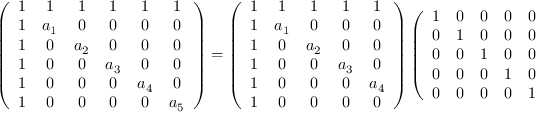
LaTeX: \left( \begin{array} { c c c c c c } { { 1 } } & { { 1 } } & { { 1 } } & { { 1 } } & { { 1 } } & { { 1 } } \\ { { 1 } } & { { a _ { 1 } } } & { { 0 } } & { { 0 } } & { { 0 } } & { { 0 } } \\ { { 1 } } & { { 0 } } & { { a _ { 2 } } } & { { 0 } } & { { 0 } } & { { 0 } } \\ { { 1 } } & { { 0 } } & { { 0 } } & { { a _ { 3 } } } & { { 0 } } & { { 0 } } \\ { { 1 } } & { { 0 } } & { { 0 } } & { { 0 } } & { { a _ { 4 } } } & { { 0 } } \\ { { 1 } } & { { 0 } } & { { 0 } } & { { 0 } } & { { 0 } } & { { a _ { 5 } } } \end{array} \right) = \left( \begin{array} { c c c c c } { { 1 } } & { { 1 } } & { { 1 } } & { { 1 } } & { { 1 } } \\ { { 1 } } & { { a _ { 1 } } } & { { 0 } } & { { 0 } } & { { 0 } } \\ { { 1 } } & { { 0 } } & { { a _ { 2 } } } & { { 0 } } & { { 0 } } \\ { { 1 } } & { { 0 } } & { { 0 } } & { { a _ { 3 } } } & { { 0 } } \\ { { 1 } } & { { 0 } } & { { 0 } } & { { 0 } } & { { a _ { 4 } } } \\ { { 1 } } & { { 0 } } & { { 0 } } & { { 0 } } & { { 0 } } \end{array} \right) \left( \begin{array} { c c c c c c } { { 1 } } & { { 0 } } & { { 0 } } & { { 0 } } & { { 0 } } & { { k } } \\ { { 0 } } & { { 1 } } & { { 0 } } & { { 0 } } & { { 0 } } & { { - \ell _ { 1 } } } \\ { { 0 } } & { { 0 } } & { { 1 } } & { { 0 } } & { { 0 } } & { { - \ell _ { 2 } } } \\ { { 0 } } & { { 0 } } & { { 0 } } & { { 1 } } & { { 0 } } & { { - \ell _ { 3 } } } \\ { { 0 } } & { { 0 } } & { { 0 } } & { { 0 } } & { { 1 } } & { { - \ell _ { 4 } } } \end{array} \right) .